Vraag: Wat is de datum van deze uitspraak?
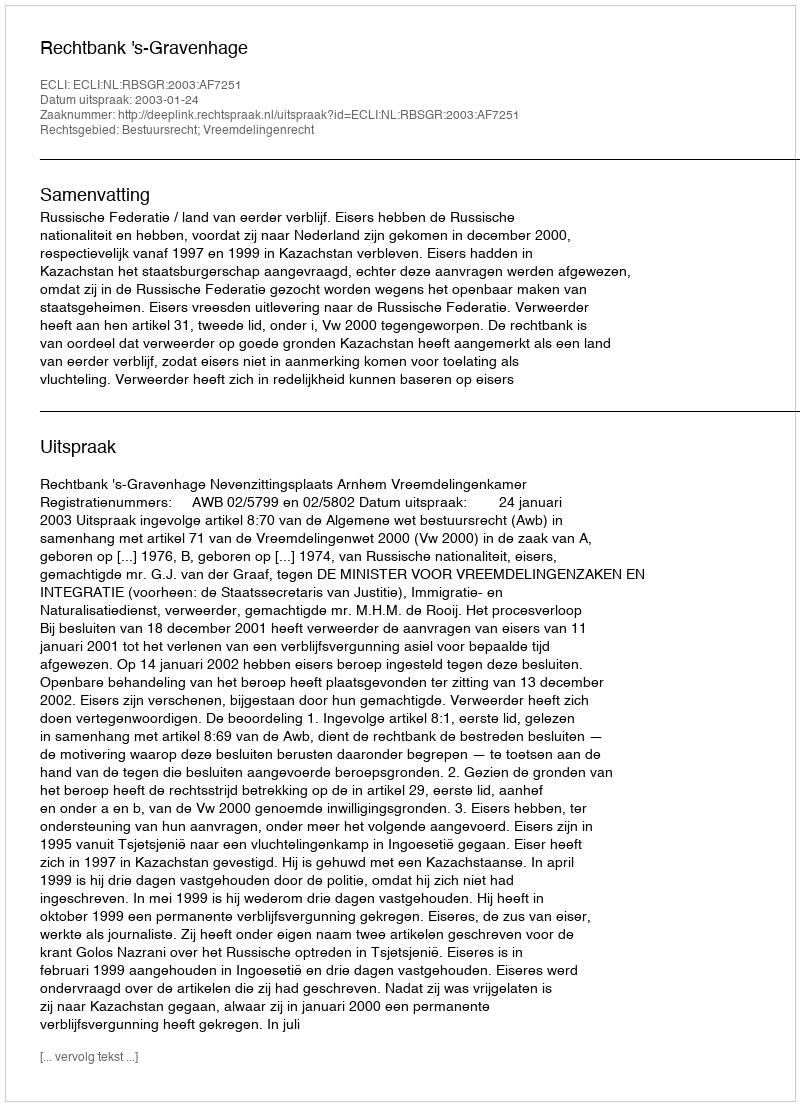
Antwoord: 2003-01-24